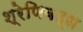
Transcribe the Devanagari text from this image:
श्रेणिबद्ध